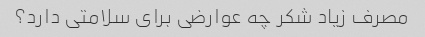
مصرف زیاد شکر چه عوارضی برای سلامتی دارد؟